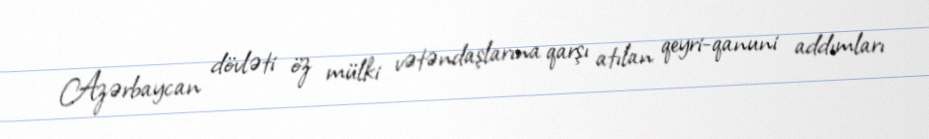
Azərbaycan dövləti öz mülki vətəndaşlarına qarşı atılan qeyri-qanuni addımları